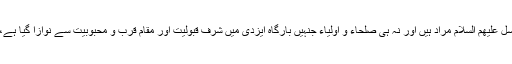
مِنْ دُوْنِ اللهِ سے نہ تو اللہ تعالیٰ کے برگزیدہ انبیاء و رسل علیھم السلام مراد ہیں اور نہ ہی صلحاء و اولیاء جنہیں بارگاهِ ایزدی میں شرفِ قبولیت اور مقامِ قرب و محبوبیت سے نوازا گیا ہے، ان کا ذکر قرآن حکیم میں اس پیرائے میں نہیں کیا گیا۔